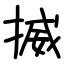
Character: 揻